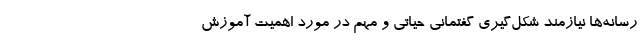
رسانه‌ها نیازمند شکل‌گیری گفتمانی حیاتی و مهم در مورد اهمیت آموزش